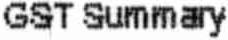
GST SUMMARY